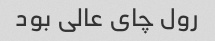
رول چای عالی بود